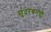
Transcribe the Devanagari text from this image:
सुंदरबनची